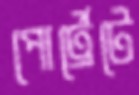
পোর্ট্রেটে